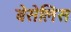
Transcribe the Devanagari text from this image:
बेसेलिस